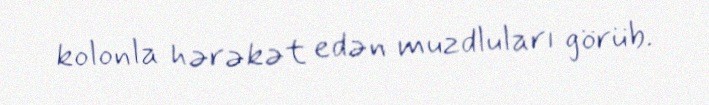
kolonla hərəkət edən muzdluları görüb.